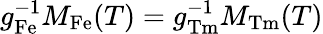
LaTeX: g_{\mathrm{Fe}}^{-1}M_{\mathrm{Fe}}(T)=g_{\mathrm{Tm}}^{-1}M_{\mathrm{Tm}}(T)